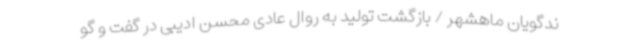
ندگویان ماهشهر / بازگشت تولید به روال عادی محسن ادیبی در گفت و گو